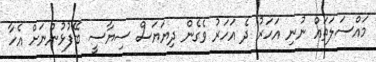
މައްސަލަތައް ނުނި އަހަރު ދެ އަހަރު ވެގެން ދިޔަޔަސް ސިޔާސީ ބޭފުޅުންނަށް އެހާ